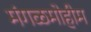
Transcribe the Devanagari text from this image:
मंगळमोहीम